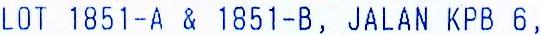
LOT 1851-A & 1851-B, JALAN KPB 6,